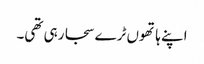
اپنے ہاتھوں ٹرے سجا رہی تھی۔